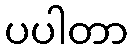
ပပါတာ